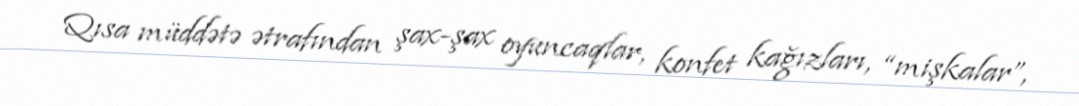
Qısa müddətə ətrafından şax-şax oyuncaqlar, konfet kağızları, “mişkalar”,